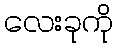
လေးခုကို